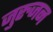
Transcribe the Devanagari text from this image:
जुरुजन